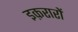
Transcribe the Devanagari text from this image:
इक़रारों